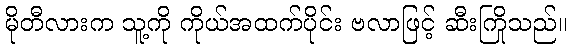
မိုတီလားက သူ့ကို ကိုယ်အထက်ပိုင်း ဗလာဖြင့် ဆီးကြိုသည်။